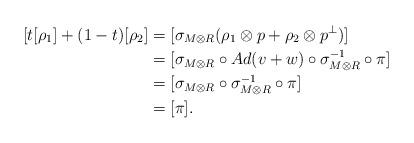
LaTeX: \begin{align*}[t[\rho_1] + (1-t)[\rho_2] & = [\sigma_{M\otimes R}(\rho_1 \otimes p + \rho_2\otimes p^{\perp})]\\& = [\sigma_{M\otimes R} \circ Ad(v+w) \circ \sigma_{M\otimes R}^{-1} \circ \pi]\\& = [\sigma_{M\otimes R} \circ \sigma_{M\otimes R}^{-1} \circ \pi]\\& = [ \pi].\end{align*}